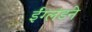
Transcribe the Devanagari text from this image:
ईंग्लंडने